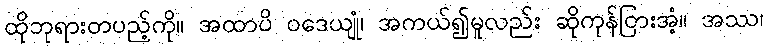
ထိုဘုရားတပည့်ကို။ အထာပိ ဝဒေယျုံ၊ အကယ်၍မူလည်း ဆိုကုန်ငြားအံ့။ အဿ၊